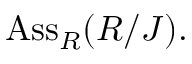
\mathrm { A s s } _ { R } ( R / J ) .